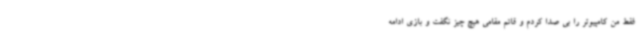
فقط من کامپیوتر را بی صدا کردم و قائم مقامی هیچ چیز نگفت و بازی ادامه